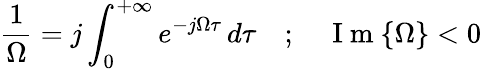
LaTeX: \frac{1}{\Omega}=j\int_{0}^{+\infty}e^{-j\Omega\tau}\, d\tau\quad;\quad\mathrm{~I~m~}\{ \Omega\} <0